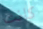
كانت